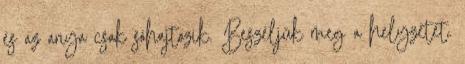
és az anya csak sóhajtozik. Beszéljük meg a helyzetet.